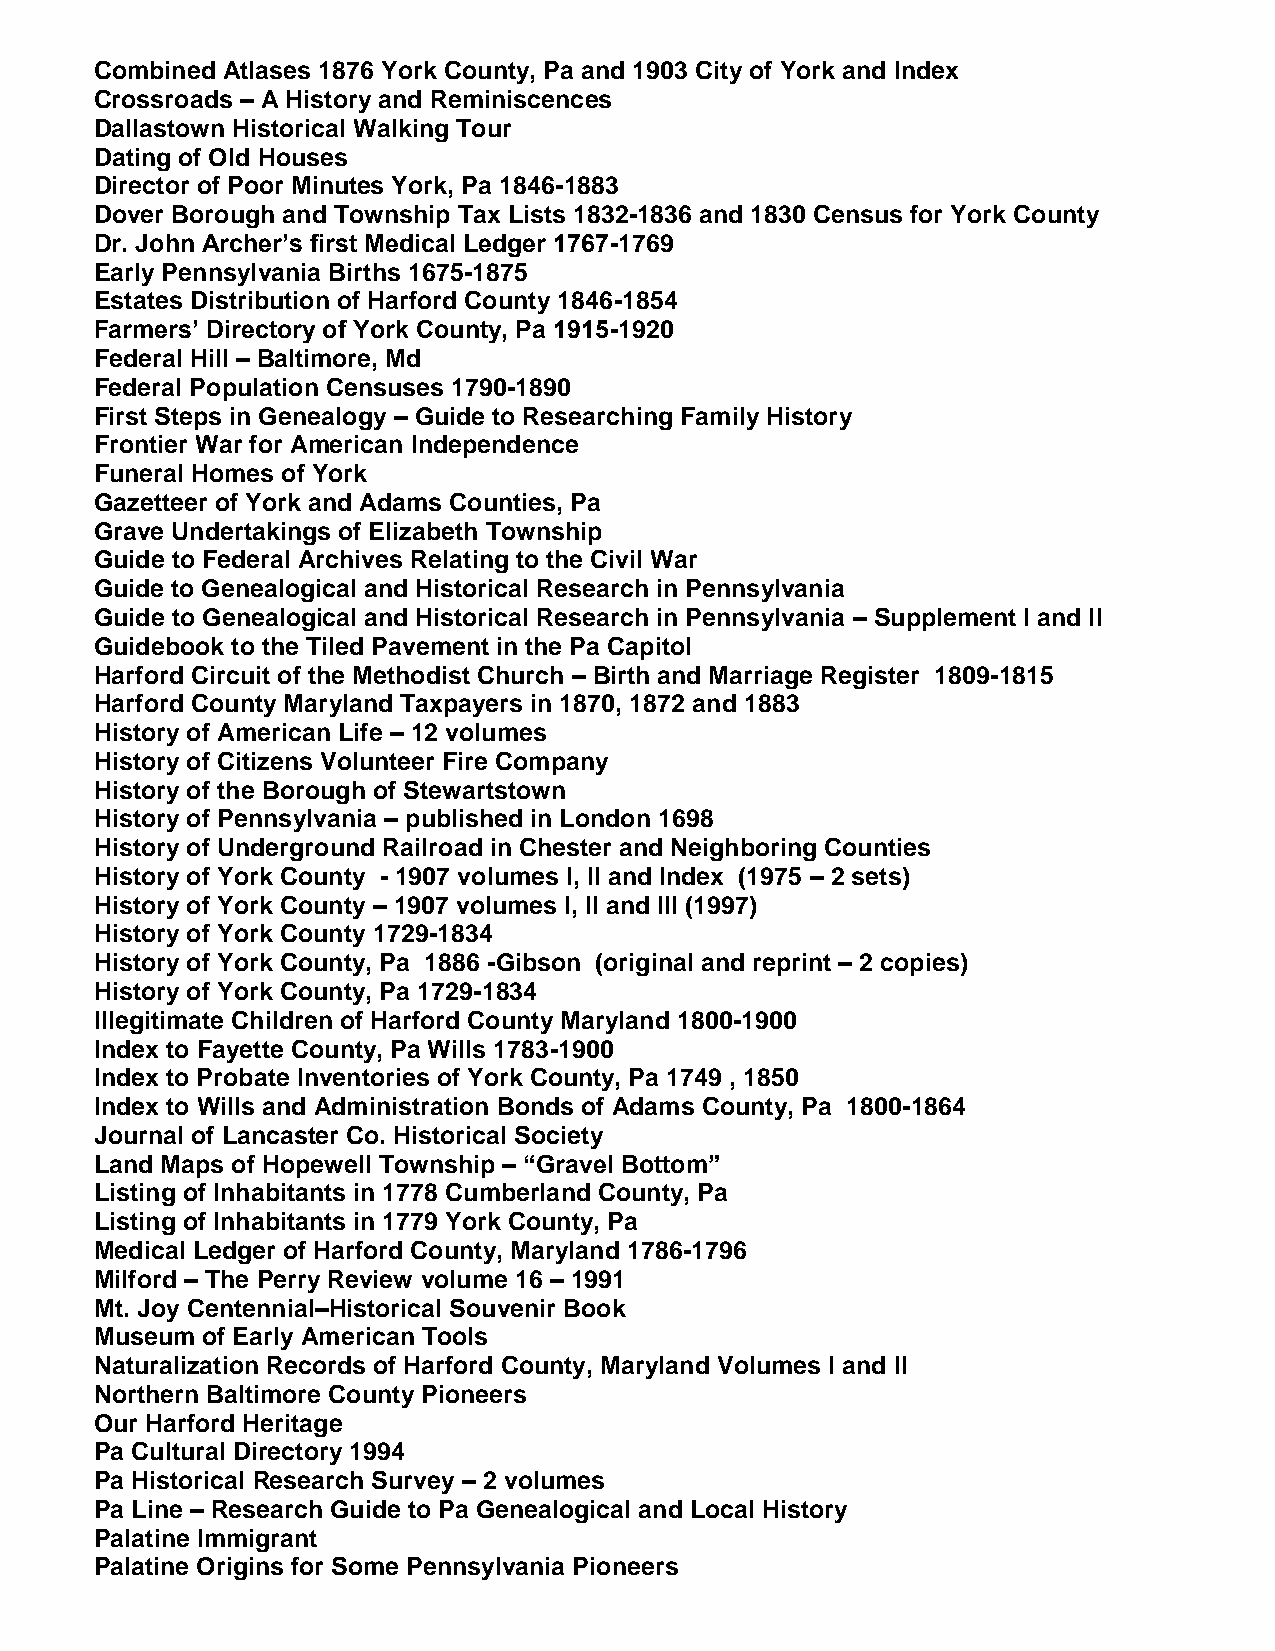
Combined Atlases 1876 York County, Pa and 1903 City of York and Index
 Crossroads – A History and Reminiscences
 Dallastown Historical Walking Tour
 Dating of Old Houses
 Director of Poor Minutes York, Pa 1846-1883
 Dover Borough and Township Tax Lists 1832-1836 and 1830 Census for York County
 Dr. John Archer’s first Medical Ledger 1767-1769
 Early Pennsylvania Births 1675-1875
 Estates Distribution of Harford County 1846-1854
 Farmers’ Directory of York County, Pa 1915-1920
 Federal Hill – Baltimore, Md
 Federal Population Censuses 1790-1890
 First Steps in Genealogy – Guide to Researching Family History
 Frontier War for American Independence
 Funeral Homes of York
 Gazetteer of York and Adams Counties, Pa
 Grave Undertakings of Elizabeth Township
 Guide to Federal Archives Relating to the Civil War
 Guide to Genealogical and Historical Research in Pennsylvania
 Guide to Genealogical and Historical Research in Pennsylvania – Supplement I and II
 Guidebook to the Tiled Pavement in the Pa Capitol
 Harford Circuit of the Methodist Church – Birth and Marriage Register 1809-1815
 Harford County Maryland Taxpayers in 1870, 1872 and 1883
 History of American Life – 12 volumes
 History of Citizens Volunteer Fire Company
 History of the Borough of Stewartstown
 History of Pennsylvania – published in London 1698
 History of Underground Railroad in Chester and Neighboring Counties
 History of York County - 1907 volumes I, II and Index (1975 – 2 sets)
 History of York County – 1907 volumes I, II and III (1997)
 History of York County 1729-1834
 History of York County, Pa 1886 -Gibson (original and reprint – 2 copies)
 History of York County, Pa 1729-1834
 Illegitimate Children of Harford County Maryland 1800-1900
 Index to Fayette County, Pa Wills 1783-1900
 Index to Probate Inventories of York County, Pa 1749 , 1850
 Index to Wills and Administration Bonds of Adams County, Pa 1800-1864
 Journal of Lancaster Co. Historical Society
 Land Maps of Hopewell Township – “Gravel Bottom”
 Listing of Inhabitants in 1778 Cumberland County, Pa
 Listing of Inhabitants in 1779 York County, Pa
 Medical Ledger of Harford County, Maryland 1786-1796
 Milford – The Perry Review volume 16 – 1991
 Mt. Joy Centennial–Historical Souvenir Book
 Museum of Early American Tools
 Naturalization Records of Harford County, Maryland Volumes I and II
 Northern Baltimore County Pioneers
 Our Harford Heritage
 Pa Cultural Directory 1994
 Pa Historical Research Survey – 2 volumes
 Pa Line – Research Guide to Pa Genealogical and Local History
 Palatine Immigrant
 Palatine Origins for Some Pennsylvania Pioneers